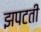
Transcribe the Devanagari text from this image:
झपटती